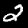
Label: 2